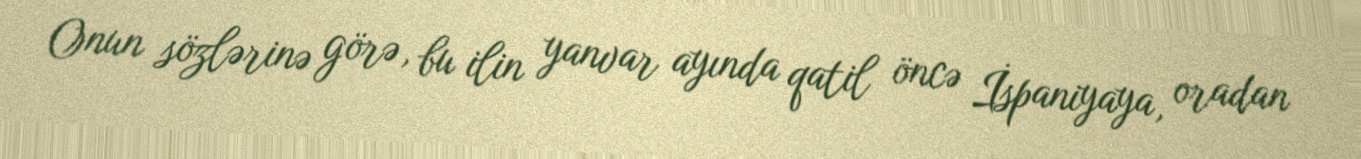
Onun sözlərinə görə, bu ilin yanvar ayında qatil öncə İspaniyaya, oradan